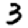
Digit: 3